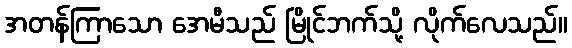
အတန်ကြာသော အေမီသည် မြိုင်ဘက်သို့ လိုက်လေသည်။